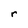
Character: r